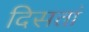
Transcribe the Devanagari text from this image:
दिसतां